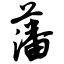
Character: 藩